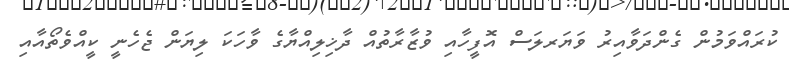
ކުރައްވަމުން ގެންދަވާއިރު ވަޔަރލަސް އޮފީހާއި ވުޒާރާތުއް ދާޚިލިއްޔާގެ ވާހަކަ ލިޔަން ޖެހެނީ ކީއްވެތޯއާއި